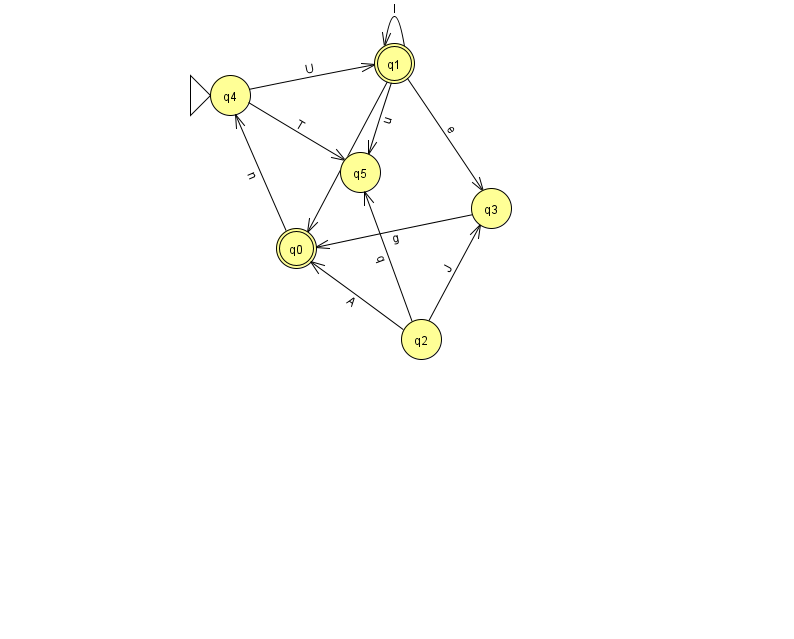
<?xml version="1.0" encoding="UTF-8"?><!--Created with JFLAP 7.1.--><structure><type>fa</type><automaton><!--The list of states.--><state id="0" name="q0"><x>296.0</x><y>235.0</y><final/></state><state id="1" name="q1"><x>394.0</x><y>50.0</y><final/></state><state id="2" name="q2"><x>421.0</x><y>326.0</y></state><state id="3" name="q3"><x>491.0</x><y>195.0</y></state><state id="4" name="q4"><x>230.0</x><y>82.0</y><initial/></state><state id="5" name="q5"><x>360.0</x><y>159.0</y></state><!--The list of transitions.--><transition><from>1</from><to>0</to><read>h</read></transition><transition><from>1</from><to>5</to><read>u</read></transition><transition><from>1</from><to>3</to><read>e</read></transition><transition><from>4</from><to>5</to><read>T</read></transition><transition><from>0</from><to>4</to><read>n</read></transition><transition><from>4</from><to>1</to><read>U</read></transition><transition><from>2</from><to>5</to><read>q</read></transition><transition><from>1</from><to>1</to><read>I</read></transition><transition><from>3</from><to>0</to><read>g</read></transition><transition><from>2</from><to>0</to><read>A</read></transition><transition><from>2</from><to>3</to><read>J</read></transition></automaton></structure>